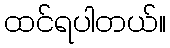
ထင်ရပါတယ်။